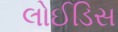
લોઈડિસ